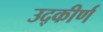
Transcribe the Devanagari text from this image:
उद्कीर्ण